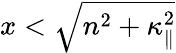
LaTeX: x<\sqrt{n^{2}+\kappa_{\| }^{2}}